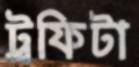
ট্রফিটা